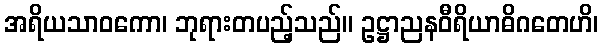
အရိယသာဝကော၊ ဘုရားတပည့်သည်။ ဥဋ္ဌာညနဝီရိယာဓိဂတေဟိ၊